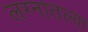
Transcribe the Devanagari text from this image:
लग्नातल्या